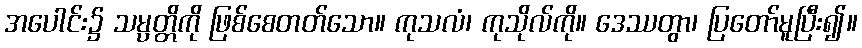
အပေါင်း၌ သမ္ပတ္တိကို ဖြစ်စေတတ်သော။ ကုသလံ၊ ကုသိုလ်ကို။ ဒေဿတွာ၊ ပြတော်မူပြီး၍။